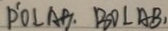
P ^ { \prime } O \bot A B . B D \bot A B ,